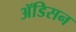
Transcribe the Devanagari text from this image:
ॲडिसन